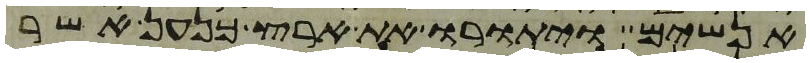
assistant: אנשים ויתורו את ארץ כנען אשר